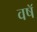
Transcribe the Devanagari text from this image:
वषॅ